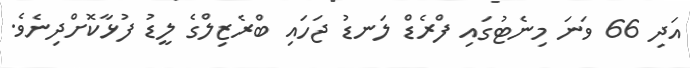
އަދި 66 ވަނަ މިނެޓުގައި ފްރެޑް ލަނޑު ޖަހައި ބްރެޒިލްގެ ލީޑު ފުޅާކޮށްދިނެވެ.